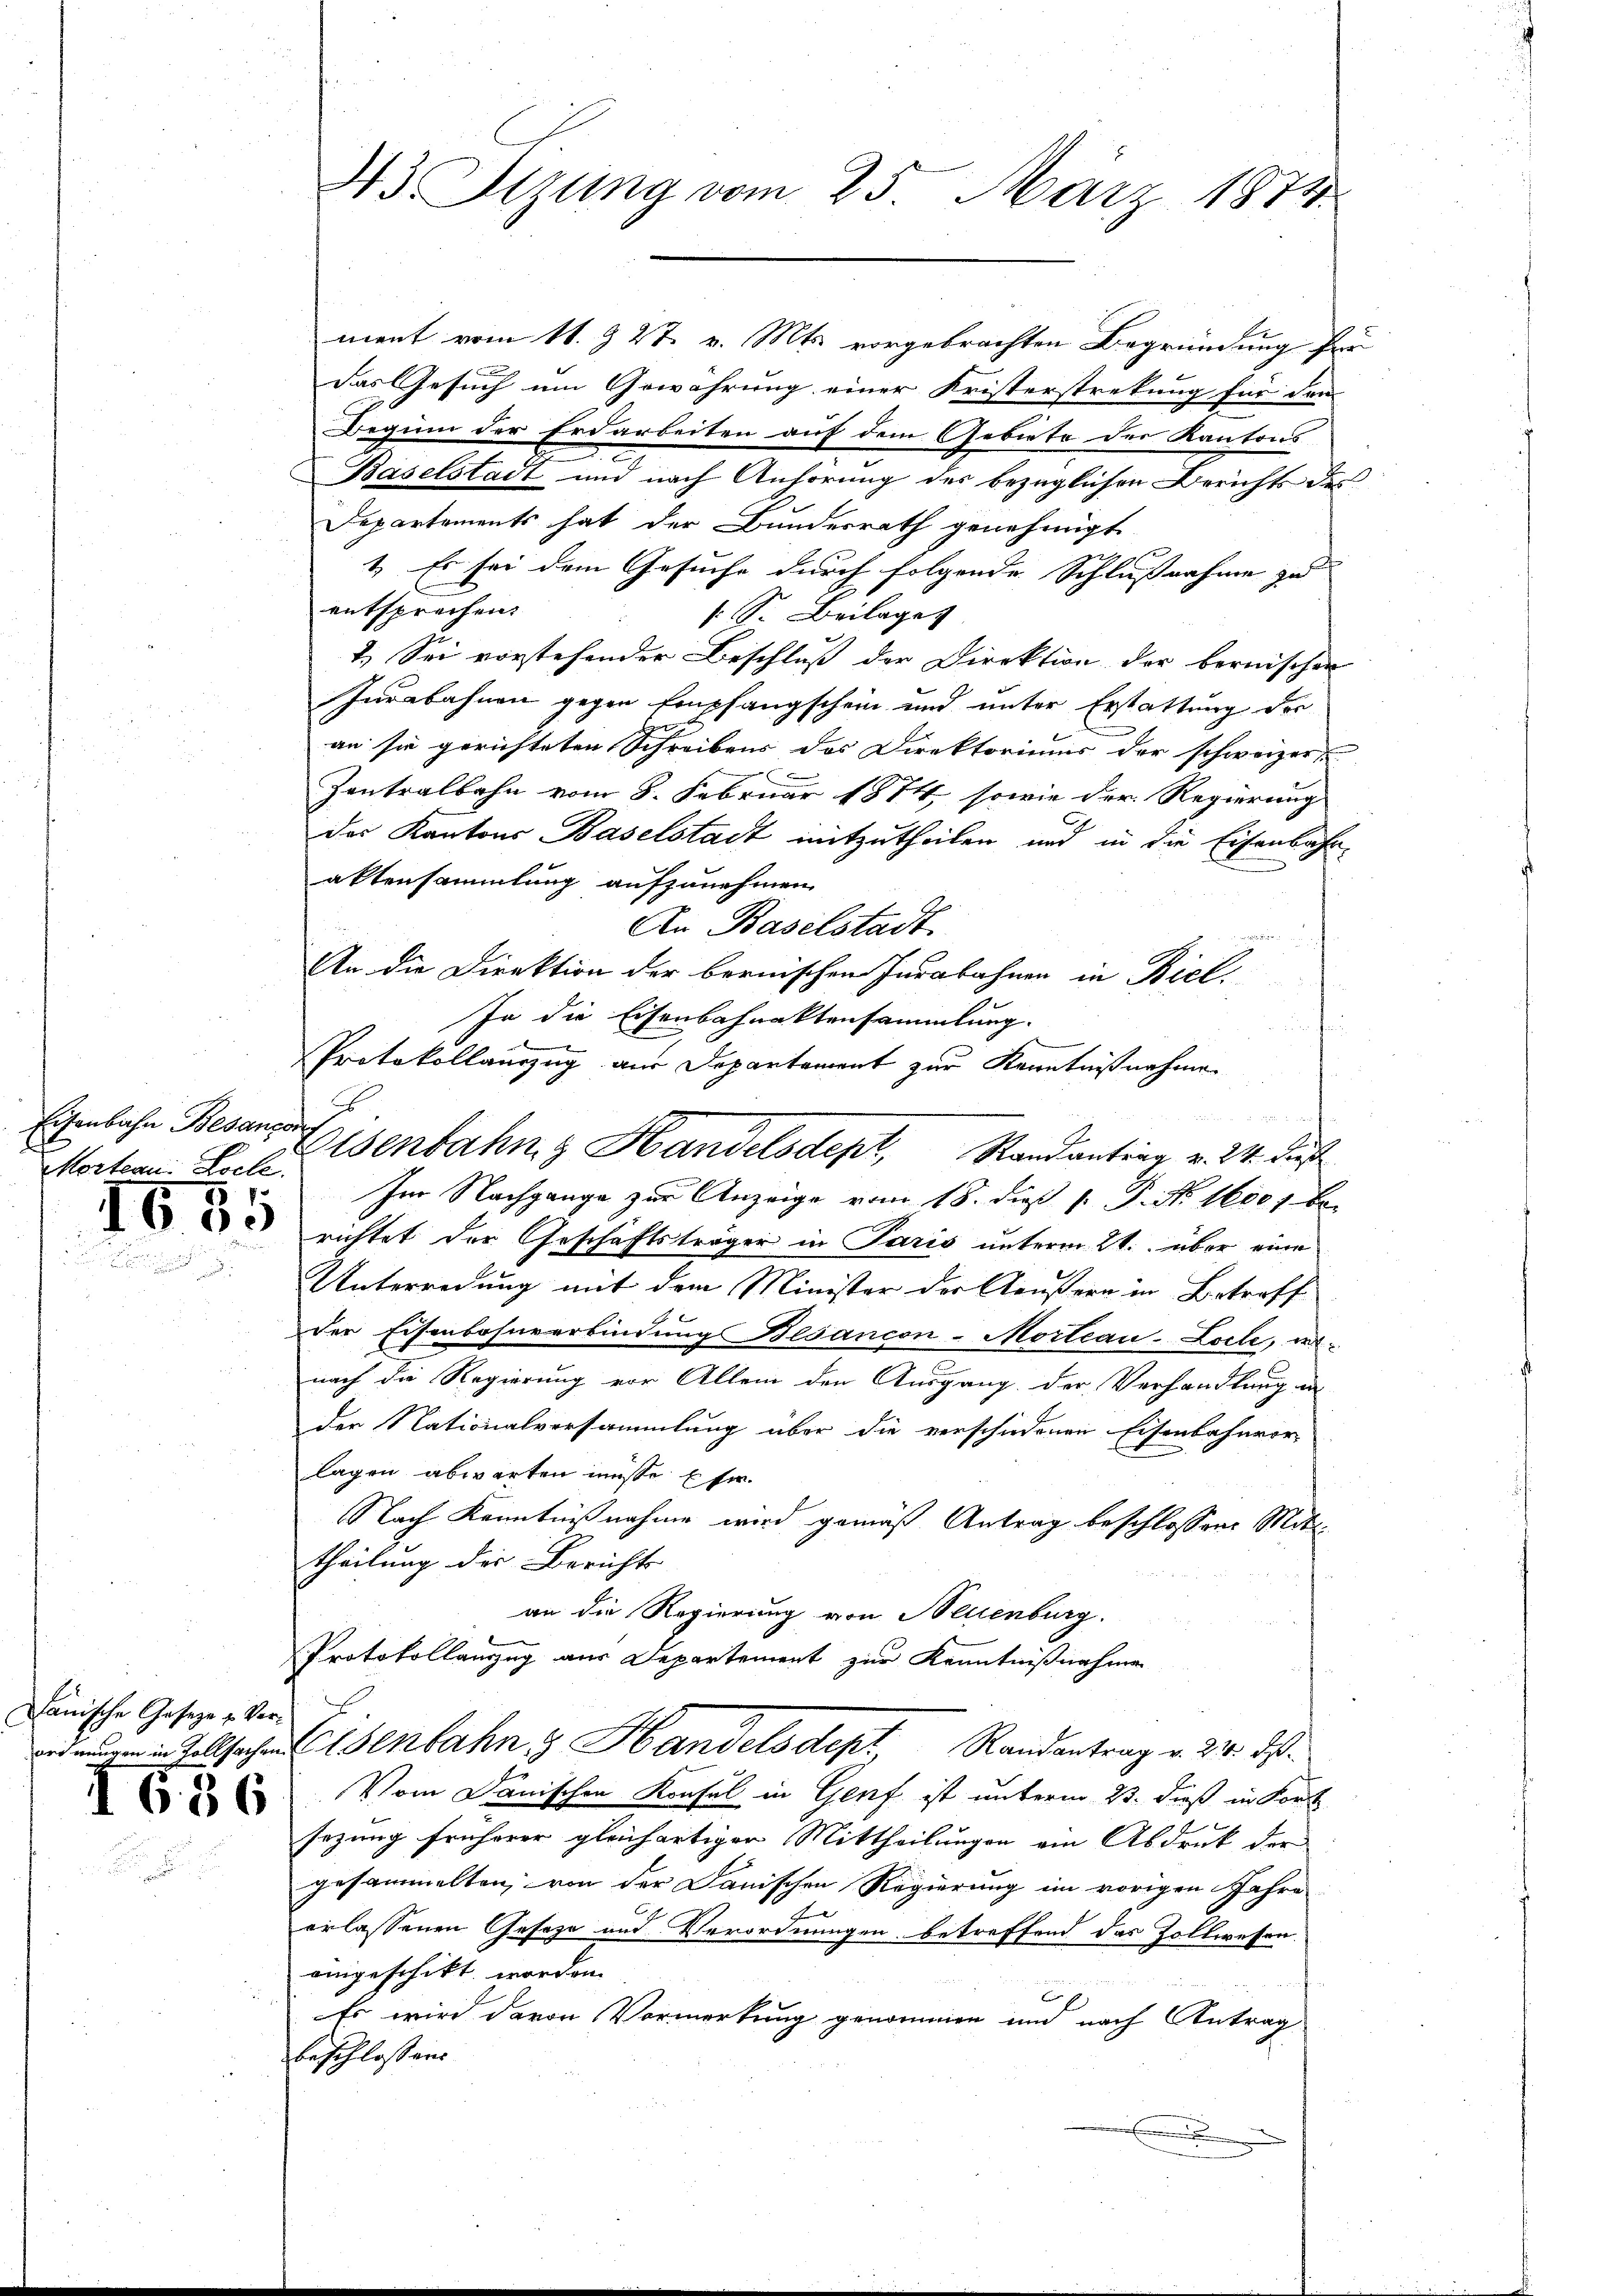
Eisenbahn Besangor

1630

anische Geseze u. Ver¬

1636

ment vom 11. & 27. v. Mts. vorgebrachten Begründung für
Das Gesuch um Gewährung einer Kristerstrekung für dem
Beginn der Erdarbeiten auf dem Gebiete der Kantons
Baselstadt und nach Anhörung des bezüglichen Berichts des
Departements hat der Bundesrath genehmigt.
1. Es sei dem Gesuche durch folgende Schlussnahme zu |
entsprechen.
S. Beilages
1.) Sei vorstehender Beschluß der Direktion der bernischen
Jurabahnen gegen Empfangschein und unter Erstattung der
an sie gerichteten Schreibens des Direktoriums der schweizer

Zentralbahn vom 8. Februar 1874 sowie der Regierung
das Kantons Baselstadt mitzutheilen und in die Eisenbahn-
aktensammlung aufzunehmen.
An Baselstadt
u
An die Direktion der bernischen Jurabahnen in Biel
In die Eisenbahnaktensammlung.
Protokollauszug aus Departement zur Kenntnißnahme
Morten Kolle. Im Nachgange zur Anzeige vom 18. dieß 1. P. No. 16001 berichtet der Geschäftsträger in Paris unterm 21. über eine
Unterredung mit dem Minister der Aeußern in Betreff
der Eisenbesurerbindung Besancon-Morteau-Locle, e
nach die Regierung vor Allem den Ausgang der Verhandlung an
der Nationalversammlung über die verschiedenen Eisenbahnvor-
lagen abwarten müsse E sie
Nach Kenntnißnahme wird gemäß Antrag beschlossene Mittheilung der Berichts
an die Regierung von Neuenburg.
Protokollanzug aus Departement zur Kenntnißnahme
 in Vollsachen Jenbahn & Handelsdept. Randantrag v. 24. ds.
Vom Danischen Konsul in Genf ist unterm 23. dieß in Kort
sezung früherer gleichartiger Mittheilungen ein Abdruck der
gesammelten, von der Danischen Regierung im vorigen Jahre
erlassenen Geseze und Verordnungen betreffend das Zollwesen.
aigeschikt worden
x
Es wird davon Vormerkung genommen um nach Antrag
beschlossens

43. Sizung vom 25. März 1874.

Eisenbahng Handelsdept, Randantrag v. 24. dieß